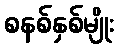
စနစ်နှစ်မျိုး